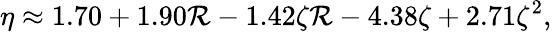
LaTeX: \eta\approx1.70+1.90\mathcal{R}-1.42\zeta\mathcal{R}-4.38\zeta+2.71\zeta^{2},